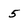
Character: 5